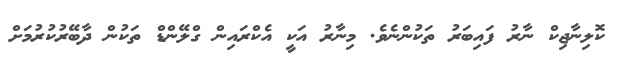
ކޮލިނާޖިކް ނާރު ފައިބަރު ތަކުންނެވެ. މިނާރު އަކީ އެކްރައިން ގްލޭންޑް ތަކުން ދާބޭރުކުރުމަށް